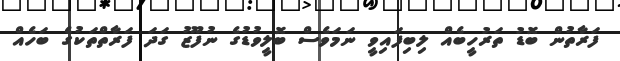
ފަރާތުން ބޮޑު ތަރުހީބެއް ލިބިފައިވީ ނަމަވެސް ބޮލީވުޑުގެ ނުފޫޒު ގަދަ ފަރާތްތަކުގެ ބަހެއް